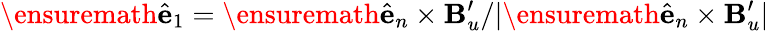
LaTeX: \ensuremath{\hat{\mathbf{e}}}_{1}=\ensuremath{\hat{\mathbf{e}}}_{n}\times\mathbf{B}_{u}^{\prime}/|\ensuremath{\hat{\mathbf{e}}}_{n}\times\mathbf{B}_{u}^{\prime}|